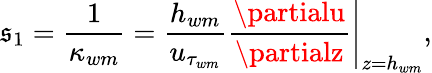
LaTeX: \mathfrak{s}_{1}=\frac{{1}}{{\kappa_{wm}}}=\frac{{h_{wm}}}{{u_{\tau_{wm}}}}\left.\frac{{\partialu}}{{\partialz}}\right|_{z=h_{wm}},